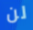
لن